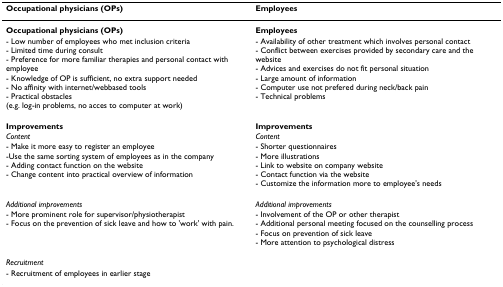
| Occupational physicians (OPs) | Employees |
 | --- | --- |
 | Occupational physicians (OPs) | Employees |
 | - Low number of employees who met inclusion criteria- Limited time during consult- Preference for more familiar therapies and personal contact with employee- Knowledge of OP is sufficient, no extra support needed- No affinity with internet/webbased tools- Practical obstacles (e.g. log-in problems, no acces to computer at work) | - Availability of other treatment which involves personal contact- Conflict between exercises provided by secondary care and the website- Advices and exercises do not fit personal situation- Large amount of information- Computer use not prefered during neck/back pain- Technical problems |
 | Improvements | Improvements |
 | Content | Content |
 | - Make it more easy to register an employee-Use the same sorting system of employees as in the company- Adding contact function on the website- Change content into practical overview of information | - Shorter questionnaires- More illustrations- Link to website on company website- Contact function via the website- Customize the information more to employee's needs |
 | Additional improvements | Additional improvements |
 | - More prominent role for supervisor/physiotherapist- Focus on the prevention of sick leave and how to 'work' with pain. | - Involvement of the OP or other therapist- Additional personal meeting focused on the counselling process- Focus on prevention of sick leave- More attention to psychological distress |
 | Recruitment |  |
 | - Recruitment of employees in earlier stage |  |